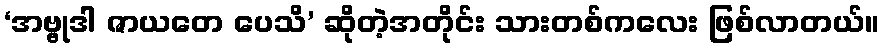
‘အဗ္ဗုဒါ ဇာယတေ ပေသိ’ ဆိုတဲ့အတိုင်း သားတစ်ကလေး ဖြစ်လာတယ်။